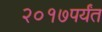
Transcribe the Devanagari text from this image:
२०१७पर्यंत